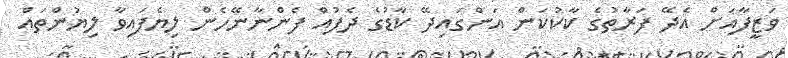
ވަޒީފާއަށް އެދޭ ފަރާތުގެ ކާކުކަން އަންގައިދޭ ކާޑުގެ ދެފުއް ފެންނާނޭހެން ލިޔެފައިވާ ލިޔުންތައް